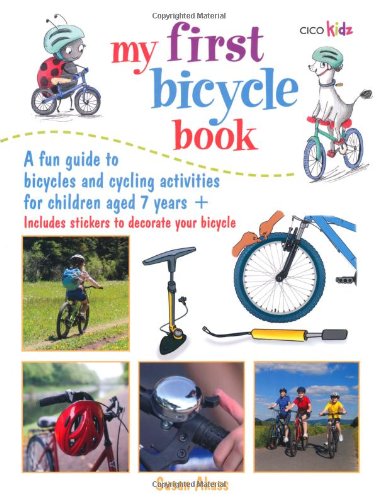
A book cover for My First Bicycle Book: A Fun Guide to Bicycles and Cycling Activities for Children Aged 7 Ages +; Susan Akass; Children's Books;